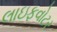
લાઇફવોટર